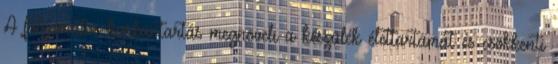
A folyamatos karbantartás megnöveli a készülék élettartamát és csökkenti